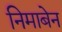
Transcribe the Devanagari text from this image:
निमाबेन